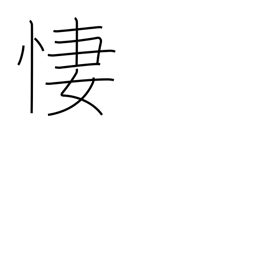
Meaning: be sorrowful